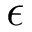
\epsilon